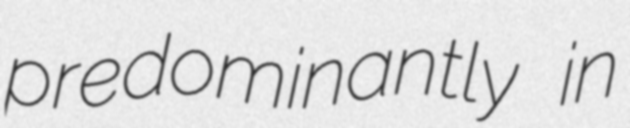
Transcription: predominantly in